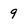
Character: 9